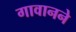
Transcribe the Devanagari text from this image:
गावानने